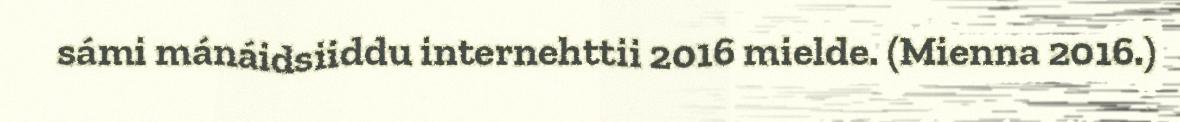
sámi mánáidsiiddu internehttii 2016 mielde. (Mienna 2016.)